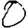
Digit: 0